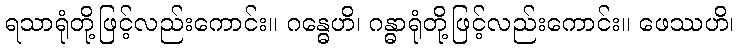
ရသာရုံတို့ဖြင့်လည်းကောင်း။ ဂန္ဓေဟိ၊ ဂန္ဓာရုံတို့ဖြင့်လည်းကောင်း။ ဖေဿဟိ၊